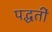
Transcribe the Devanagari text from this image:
पद्धतीं